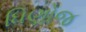
ધિણોજ